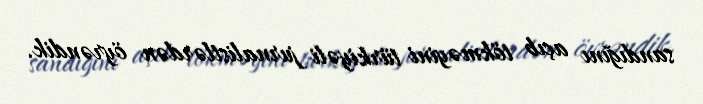
sandığını açıb tökməyini türkiyəli jurnalistlərdən öyrəndik.